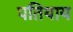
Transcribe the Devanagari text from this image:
पतियाय